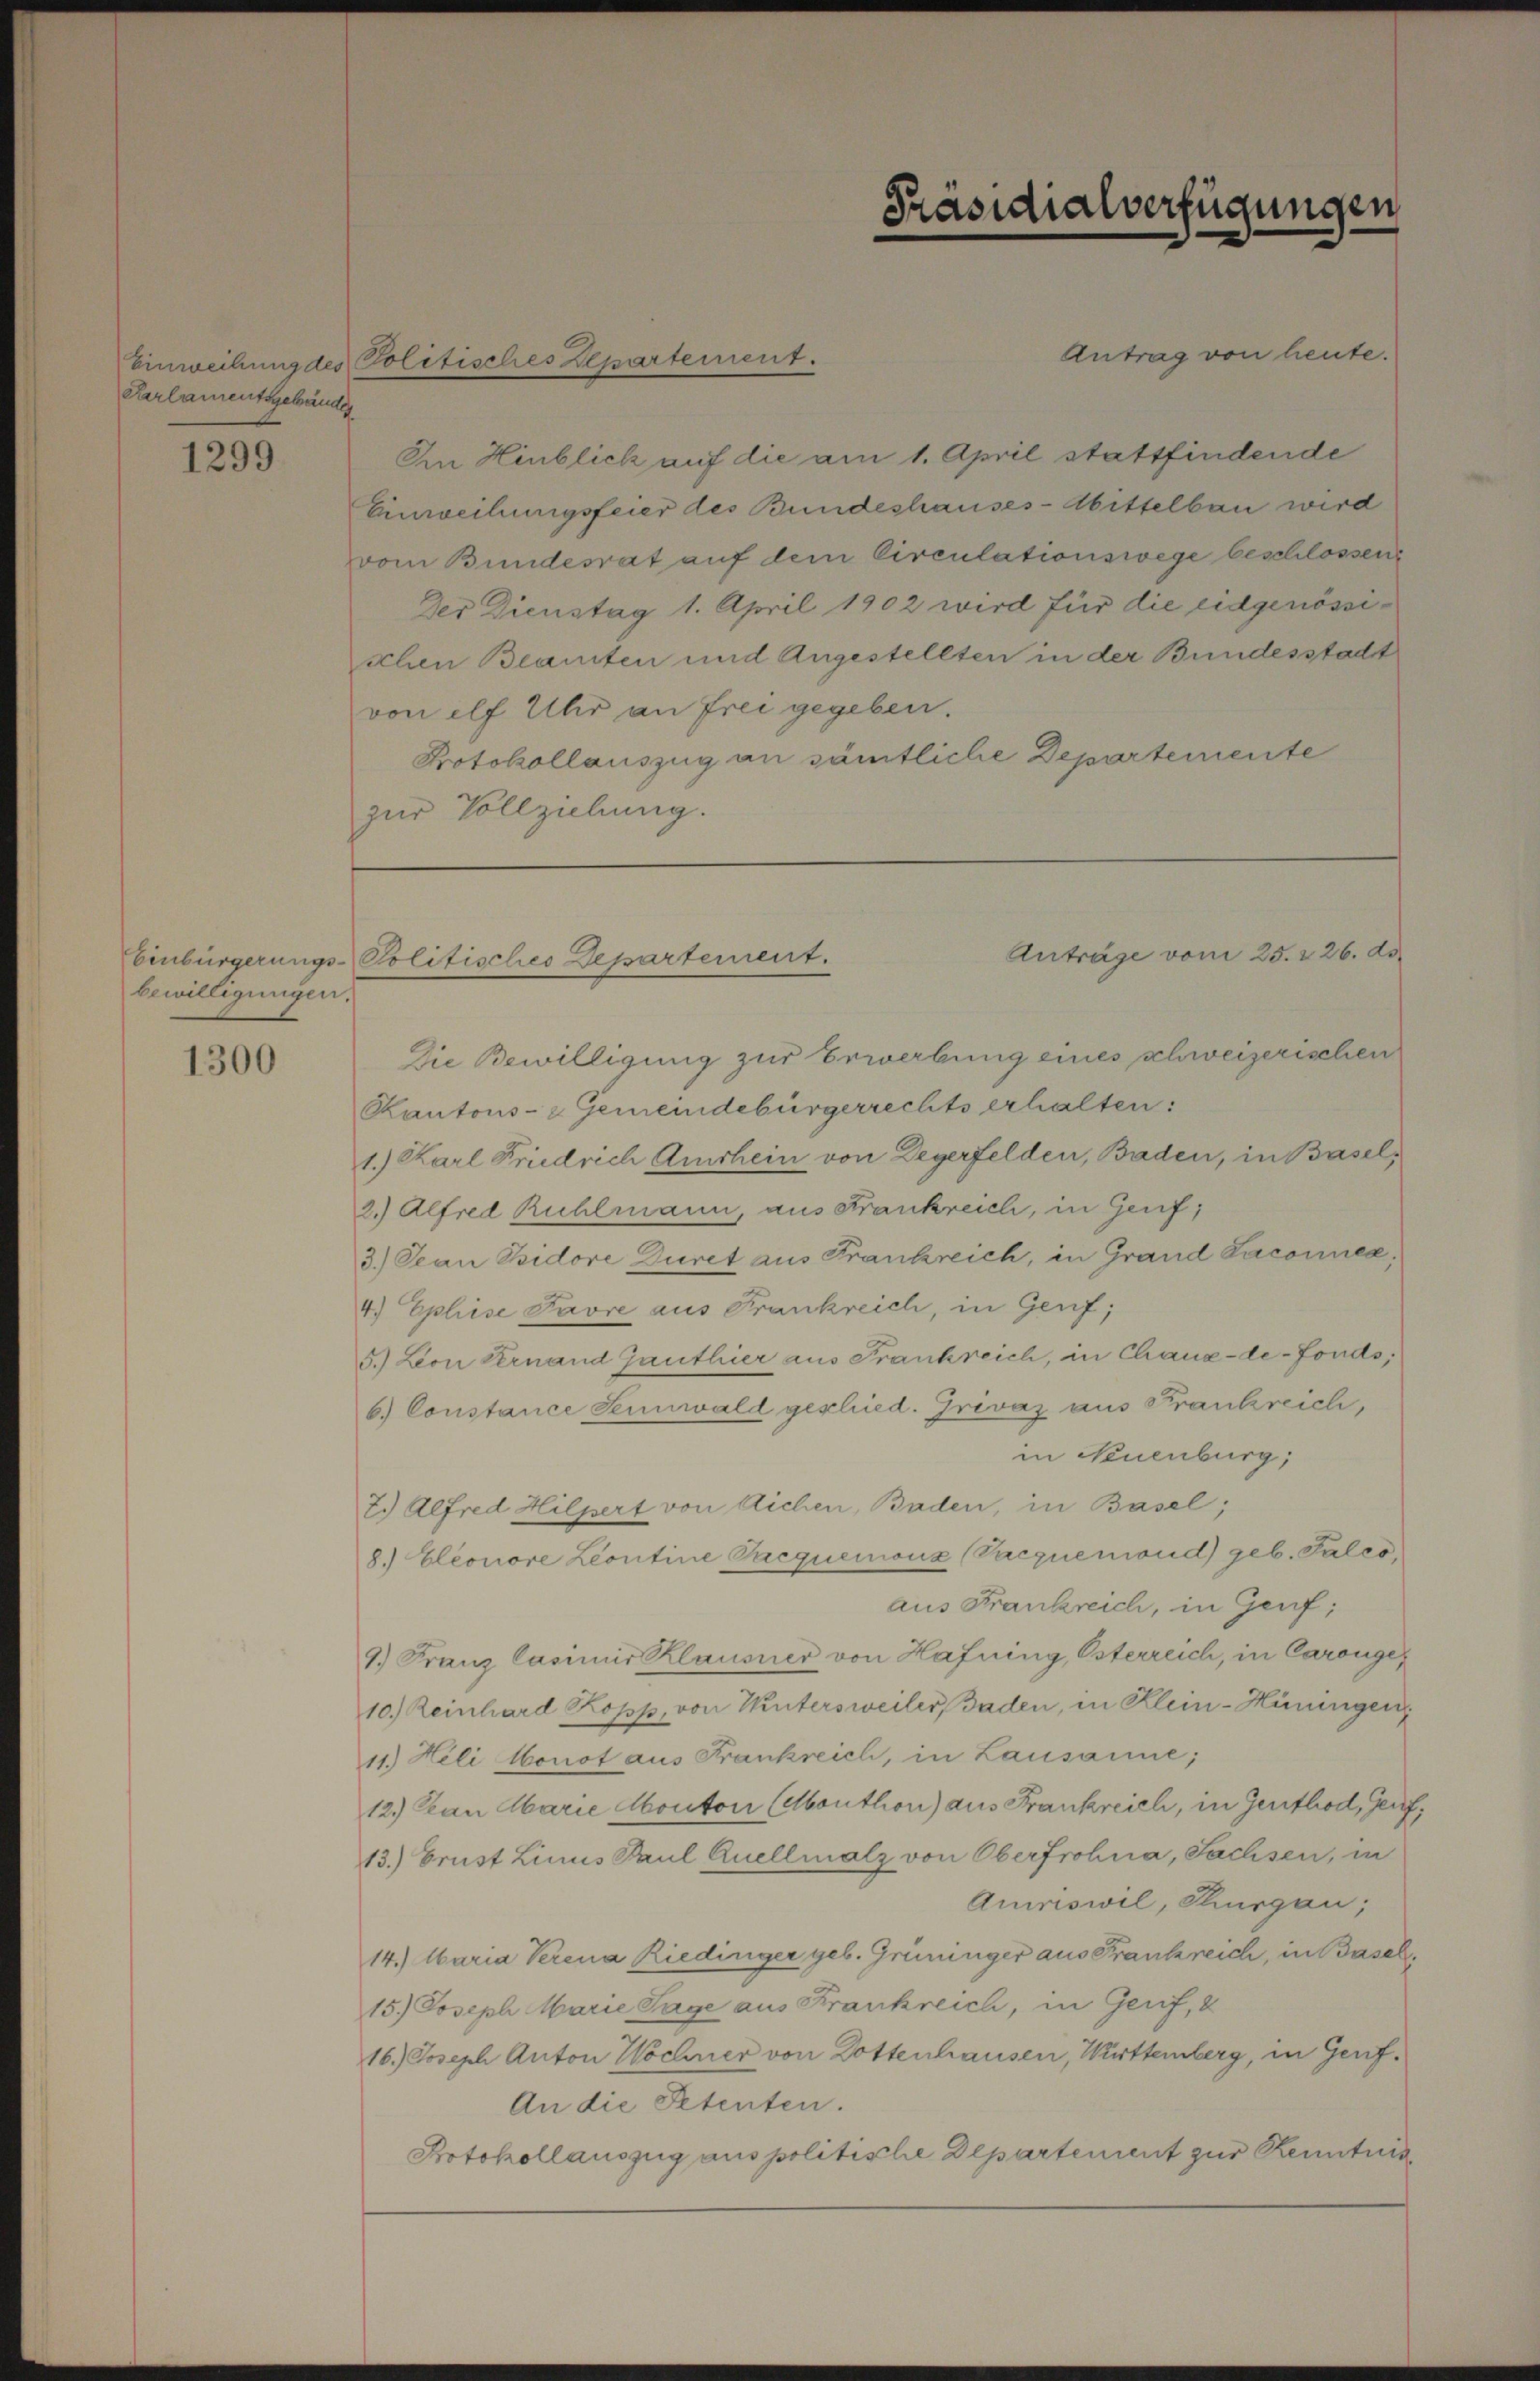
Karlamentsgebänder

1299

bewilligungen.

1300

In Hinblick auf die am 1. April stattfindende
Einweihungsfeier des Bundeshauses-Mittelbau wird
vom Bundesrat auf dem Circulationswege beschlossen,
Der Dienstag 1. April 1902 wird für die eidgenössischen Beamten und Angestellten in der Bundesstacht
von elf Uhr an frei gegeben.
Protokollauszug an sämtliche Departemente
zur Vollziehung.

Einweihung des Politisches Departement.

Die Bewilligung zur Erwerbung eines schweizerischen
Kantons- & Gemeindebürgerrechts erhalten:
1.) Karl Friedrich Amshein von Degerfelden, Baden, in Basel,
2.) Alfred Rühlmann, aus Frankreich, in Genf,
3.) Jean Bsidore Duret aus Frankreich, in Grand Laconuea,
4) Ephese Favre aus Frankreich, in Genf;
5.) Lon Vernand Ganthier aus Frankreich, in Chaux-de-Fonds,
6.) Constance Sennwald geschied. Grivaz aus Frankreich,
in Neuenburg,
7.) Alfred Hilpert von Richen, Baden, in Basel;
8.) Eleonore Leontine Pacquemoux (Vaczuemond geb. Pales,
aus Krankreich, in Genf;
9.) Franz Casimir Klausner von Hafning, Osterreich, in Carouge¬
10.) Reinhard Kopp, von Wintersweiler, Baden, in Klein-Hüningen
11.) Heli Monot aus Frankreich, in Lausanne;
12.) Pan Marie Monton (Monthon) aus Frankreich, in Gerthod, Genf,
13.) Grust Linus Paul Quellmals von Oberfrohna, Sachsen, in
Amriswil, Thurgau;
14.) Maria Verena Riediriger geb. Grüninger aus Frankreich, in Basel,
15.) Joseph Marie Sage aus Frankreich, in Genf, 8
16.) Joseph Anton Wochner von Dottenhausen, Württemberg, in Genf¬
An die Petenten.
Protokollauszug aus politische Departement zur Kenntnis

Präsidialverfügungen

Antrag von heute.

Anträge vom 25. 226. ds.
Einbürgerungs-Politisches Departement.